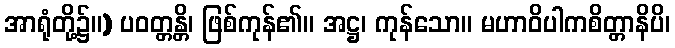
အာရုံတို့၌။) ပဝတ္တန္တိ၊ ဖြစ်ကုန်၏။ အဋ္ဌ၊ ကုန်သော။ မဟာဝိပါကစိတ္တာနိပိ၊